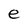
Character: e